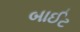
બાઈટ